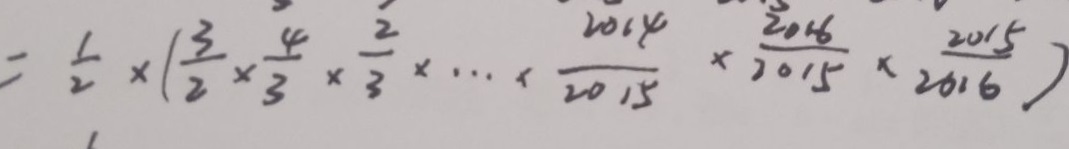
= \frac { 1 } { 2 } \times ( \frac { 3 } { 2 } \times \frac { 4 } { 3 } \times \frac { 2 } { 3 } \times \cdots \times \frac { 2 0 1 4 } { 2 0 1 5 } \times \frac { 2 0 1 6 } { 2 0 1 5 } \times \frac { 2 0 1 5 } { 2 0 1 6 } )